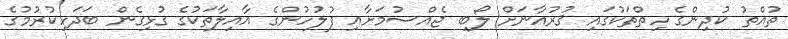
ތުއްތު ކުދިންގެ ހިތްތަކުގައި ޤުރުއާނަށް ލޯބި ޖެއްސުމަށާއި ފުލުހުންގެ އާއިލާތަކުގެ ގުޅިގެން ބަދަހިކުރުމުގެ